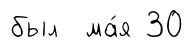
был ма́я 30